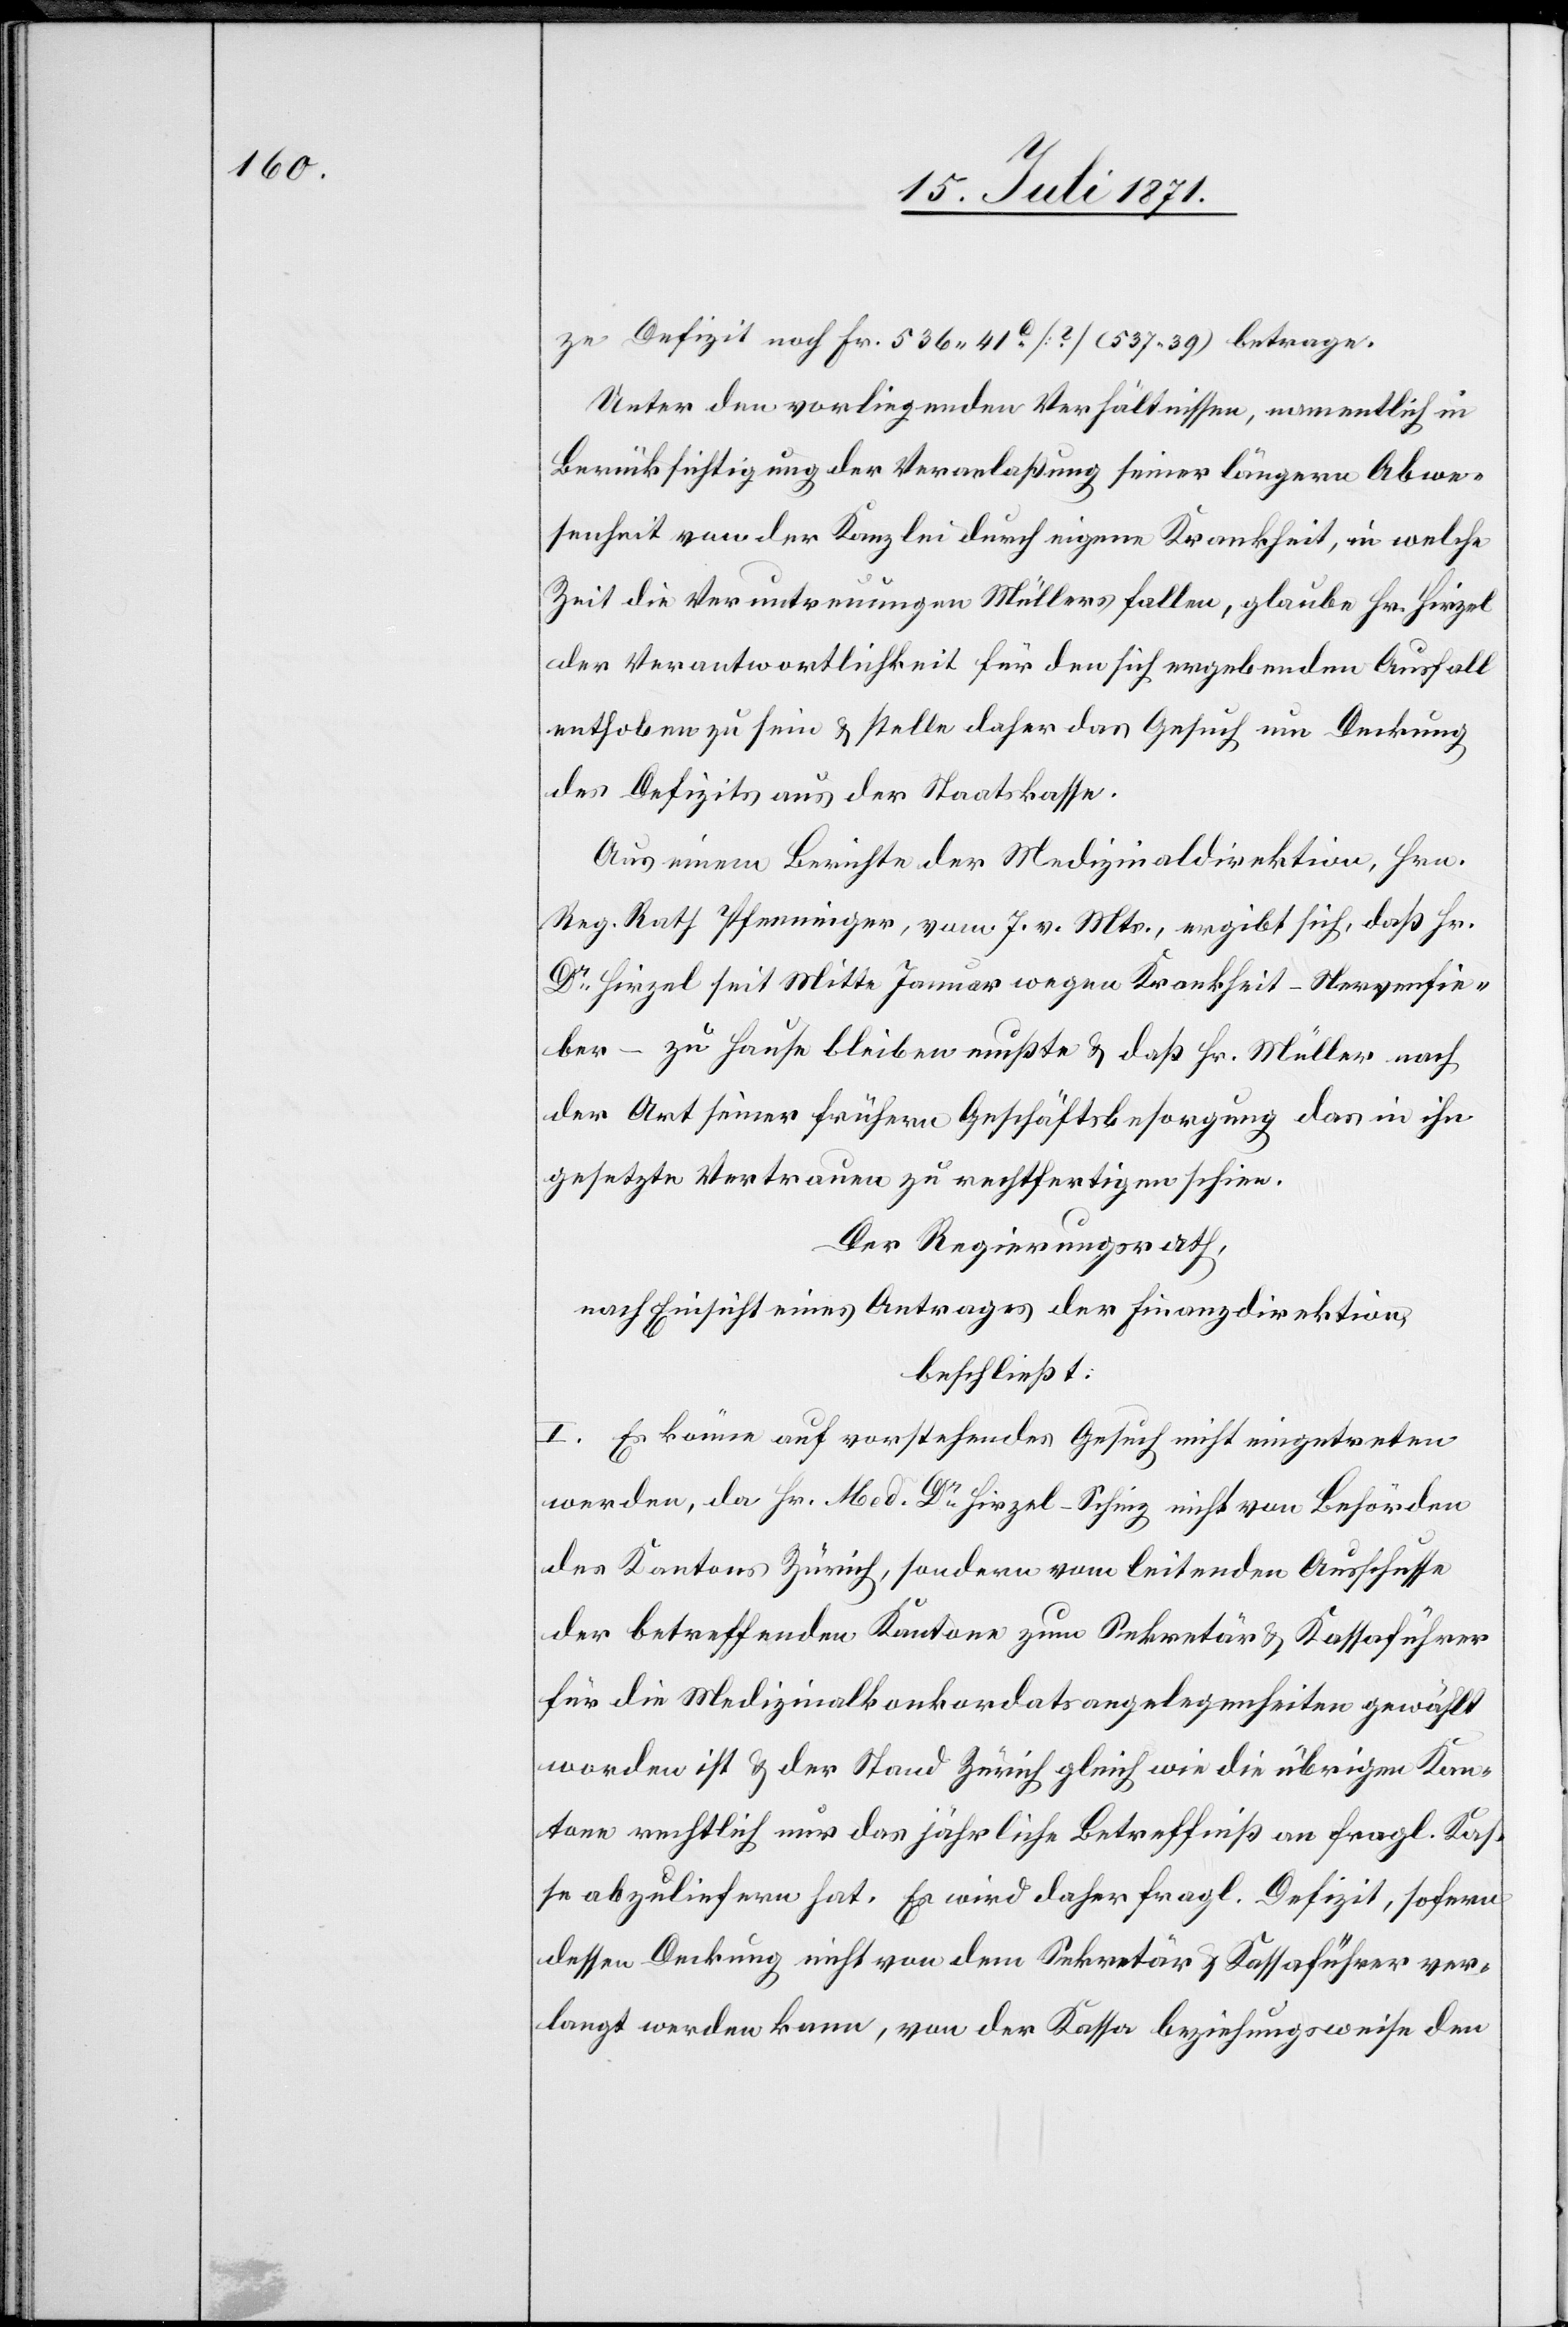
ze Defizit noch Fr. 536.41 ca [?] [sic!] (537.39) betrage.
Unter den vorliegenden Verhältnissen, namentlich in
Berücksichtigung der Veranlaßung seiner längern Abwe¬
senheit von der Kanzlei durch eigene Krankheit, in welche
Zeit die Veruntreuungen Müllers fallen, glaube Hr. Hirzel
der Verantwortlichkeit für den sich ergebenden Ausfall
enthoben zu sein u. stelle daher das Gesuch um Deckung
des Defizits aus der Staatskasse.
Aus einem Berichte der Medizinaldirektion, Hrn.
Reg. Rath Pfenninger, vom 7. v. Mts., ergibt sich, daß Hr.
Dr. Hirzel seit Mitte Januar wegen Krankheit – Nervenfie¬
ber – zu Hause bleiben mußte u. daß Hr. Müller nach
der Art seiner frühern Geschäftsbesorgung das in ihn
gesetzte Vertrauen zu rechtfertigen schien.
Der Regierungsrath,
nach Einsicht eines Antrages der Finanzdirektion,
beschließt:
I. Es könne auf vorstehendes Gesuch nicht eingetreten
werden, da Hr. Med. Hirzel-Schinz nicht von Behörden
des Kantons Zürich, sondern vom leitenden Ausschusse
der betreffenden Kantone zum Sekretär u. Kassaführer
für die Medizinalkonkordatsangelegenheiten gewählt
worden ist u. der Stand Zürich gleich wie die übrigen Kan¬
tone rechtlich nur das jährliche Betreffniß an fragl. Kas¬
se abzuliefern hat. Es wird daher fragl. Defizit, sofern
dessen Deckung nicht von dem Sekretär u. Kassaführer ver¬
langt werden kann, von der Kasse beziehungsweise den